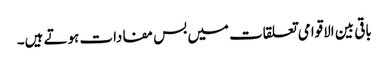
باقی بین الاقوامی تعلقات میں بس مفادات ہوتے ہیں۔